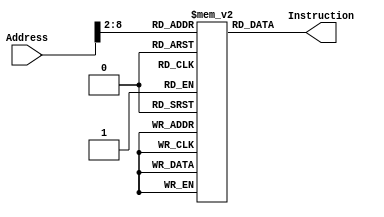
module Instruction_Memory(
  output reg[31 : 0] Instruction, 
  input[31: 0] Address
  );

  reg [31:0] data[0:100];

  
  initial begin
    data[0] = 32'b1110_00_1_1101_0_0000_0000_000000010100; //MOV 
    data[1] = 32'b1110_00_1_1101_0_0000_0001_101000000001; //MOV
    data[2] = 32'b1110_00_1_1101_0_0000_0010_000100000011; //MOV
    data[3] = 32'b1110_00_0_0100_1_0010_0011_000000000010; //ADDS
    data[4] = 32'b1110_00_0_0101_0_0000_0100_000000000000; //ADC
    data[5] = 32'b1110_00_0_0010_0_0100_0101_000100000100; //SUB
    data[6] = 32'b1110_00_0_0110_0_0000_0110_000010100000; //SBC
    data[7] = 32'b1110_00_0_1100_0_0101_0111_000101000010; //ORR
    data[8] = 32'b1110_00_0_0000_0_0111_1000_000000000011; //AND 
    data[9] = 32'b1110_00_0_1111_0_0000_1001_000000000110; //MVN 
    data[10] = 32'b1110_00_0_0001_0_0100_1010_000000000101; //EOR
    data[11] = 32'b1110_00_0_1010_1_1000_0000_000000000110; //CMP 
    data[12] = 32'b0001_00_0_0100_0_0001_0001_000000000001; //ADDNE
    data[13] = 32'b1110_00_0_1000_1_1001_0000_000000001000; //TST
    data[14] = 32'b0000_00_0_0100_0_0010_0010_000000000010; //ADDEQ
    data[15] = 32'b1110_00_1_1101_0_0000_0000_101100000001; //MOV
    data[16] = 32'b1110_01_0_0100_0_0000_0001_000000000000; //STR
    data[17] = 32'b1110_01_0_0100_1_0000_1011_000000000000; //LDR 
    data[18] = 32'b1110_01_0_0100_0_0000_0010_000000000100; //STR
    data[19] = 32'b1110_01_0_0100_0_0000_0011_000000001000; //STR
    data[20] = 32'b1110_01_0_0100_0_0000_0100_000000001101; //STR
    data[21] = 32'b1110_01_0_0100_0_0000_0101_000000010000; //STR
    data[22] = 32'b1110_01_0_0100_0_0000_0110_000000010100; //STR
    data[23] = 32'b1110_01_0_0100_1_0000_1010_000000000100; //LDR
    data[24] = 32'b1110_01_0_0100_0_0000_0111_000000011000; //STR
    data[25] = 32'b1110_00_1_1101_0_0000_0001_000000010000; //MOV Changed the value from 4 to 16 to observe the impact of cache.
    data[26] = 32'b1110_00_1_1101_0_0000_0010_000000000000; //MOV
    data[27] = 32'b1110_00_1_1101_0_0000_0011_000000000000; //MOV
    data[28] = 32'b1110_00_0_0100_0_0000_0100_000100000011; //ADD
    data[29] = 32'b1110_01_0_0100_1_0100_0101_000000000000; //LDR
    data[30] = 32'b1110_01_0_0100_1_0100_0110_000000000100; //LDR
    data[31] = 32'b1110_00_0_1010_1_0101_0000_000000000110; //CMP
    data[32] = 32'b1100_01_0_0100_0_0100_0110_000000000000; //STRGT
    data[33] = 32'b1100_01_0_0100_0_0100_0101_000000000100; //STRGT
    data[34] = 32'b1110_00_1_0100_0_0011_0011_000000000001; //ADD
    data[35] = 32'b1110_00_1_1010_1_0011_0000_000000000011; //CMP
    data[36] = 32'b1011_10_1_0_111111111111111111110111 ; //BLT
    data[37] = 32'b1110_00_1_0100_0_0010_0010_000000000001; //ADD
    data[38] = 32'b1110_00_0_1010_1_0010_0000_000000000001; //CMP
    data[39] = 32'b1011_10_1_0_111111111111111111110011 ; //BLT 
    data[40] = 32'b1110_01_0_0100_1_0000_0001_000000000000; //LDR
    data[41] = 32'b1110_01_0_0100_1_0000_0010_000000000100; //LDR
    data[42] = 32'b1110_01_0_0100_1_0000_0011_000000001000; //STR
    data[43] = 32'b1110_01_0_0100_1_0000_0100_000000001100; //STR
    data[44] = 32'b1110_01_0_0100_1_0000_0101_000000010000; //STR
    data[45] = 32'b1110_01_0_0100_1_0000_0110_000000010100; //STR
    data[46] = 32'b1110_10_1_0_111111111111111111111111 ; //B
  end

  always @(Address) begin
    Instruction = data[Address[31:2]];
  end

endmodule